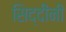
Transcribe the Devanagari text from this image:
सिद्दींनी